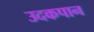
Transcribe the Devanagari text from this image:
उदकपान